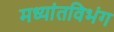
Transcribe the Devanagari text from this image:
मध्यांतविभंग